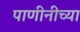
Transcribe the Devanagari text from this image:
पाणीनीच्या